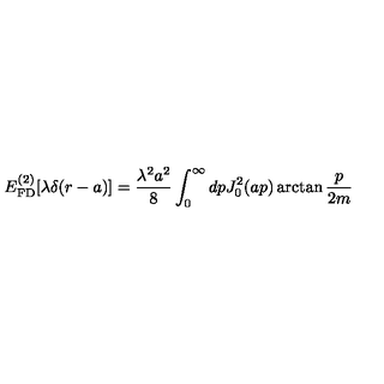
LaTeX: E _ { \mathrm { F D } } ^ { ( 2 ) } [ \lambda \delta ( r - a ) ] = \frac { \lambda ^ { 2 } a ^ { 2 } } { 8 } \int _ { 0 } ^ { \infty } d p J _ { 0 } ^ { 2 } ( a p ) \arctan \frac { p } { 2 m }